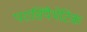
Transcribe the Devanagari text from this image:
परासिंपैथेटिक